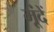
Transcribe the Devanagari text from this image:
मूंदें